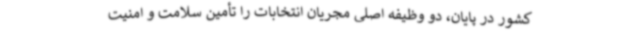
کشور در پایان، دو وظیفه اصلی مجریان انتخابات را تأمین سلامت و امنیت